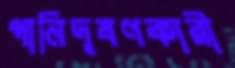
পানিদূষণকারী